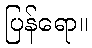
ပြန်ရော။